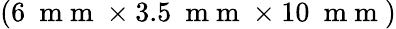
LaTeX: (6~\mathrm{~m~m~}\times 3.5~\mathrm{~m~m~}\times 10~\mathrm{~m~m~})